Indian journal of veterinary science and animal husbandry - Volumes 24-25, 1954-1955
Year: 1954
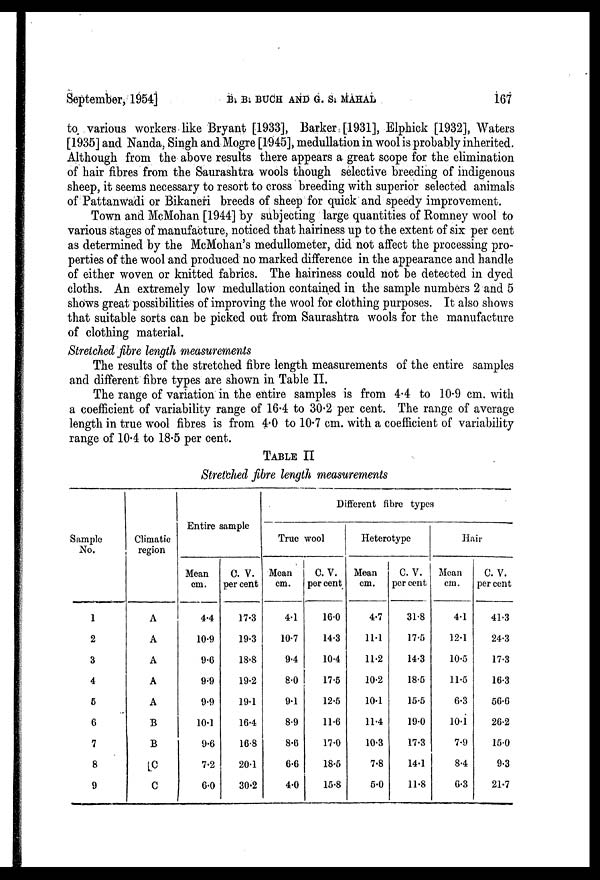
September, 1954]
B. B. BUCH AND G. S.MAHAL 167
to various workers like Bryant [1933], Barker [1931], Elphick [1932], Waters
[1935] and Nanda, Singh and Mogre [1945], medullation in wool is probably inherited.
Although from the above results there appears a great scope for the elimination
of hair fibres from the Saurashtra wools though selective breeding of indigenous
sheep, it seems necessary to resort to cross breeding with superior selected animals
of Pattanwadi or Bikaneri breeds of sheep for quick and speedy improvement.
Town and McMohan [1944] by subjecting large quantities of Romney wool to
various stages of manufacture, noticed that hairiness up to the extent of six per cent
as determined by the McMohan's medullometer, did not affect the processing pro-
perties of the wool and produced no marked difference in the appearance and handle
of either woven or knitted fabrics. The hairiness could not be detected in dyed
cloths. An extremely low medullation contained in the sample numbers 2 and 5
shows great possibilities of improving the wool for clothing purposes. It also shows
that suitable sorts can be picked out from Saurashtra wools for the manufacture
of clothing material.
Stretched fibre length measurements
The results of the stretched fibre length measurements of the entire samples
and different fibre types are shown in Table II.
The range of variation in the entire samples is from 4.4 to 10.9 cm. with
a coefficient of variability range of 16.4 to 30.2 per cent. The range of average
length in true wool fibres is from 4.0 to 10.7 cm. with a coefficient of variability
range of 10.4 to 18.5 per cent.
TABLE II
Stretched fibre length measurements
Sample
No.
1
2
3
4
5
6
7
8
9
Climatic
region
A
A
A
A
A
B
B
C
C
Entire sample
Mean
cm.
4.4
10.9
9.6
9.9
9.9
10.1
9.6
7.2
6.0
G. V.
per cent
17.3
19.3
18.8
19.2
19.1
16.4
16.8
20.1
30.2
Different fibre types
True wool
Mean
cm.
4.1
10.7
9.4
8.0
9.1
8.9
8.6
6.6
4.0
C. V.
per cent
16.0
14.3
10.4
17.5
12.5
11.6
17.0
18.5
15.8
Heterotype
Mean
cm.
4.7
11.1
11.2
10.2
10.1
11.4
10.3
7.8
5.0
C. V.
per cent
31.8
17.5
14.3
18.5
15.5
19.0
17.3
14.1
11.8
Hair
Mean
cm.
4.1
12.1
10.5
11.5
6.3
10.1
7.9
8.4
6.3
C. V.
per cent
41.3
24.3
17.3
16.3
56.6
26.2
15.0
9.3
21.7